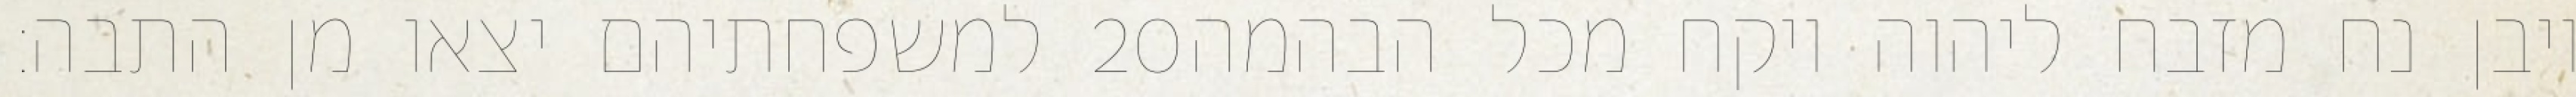
למשפחתיהם יצאו מן התבה׃ ‎20‏ ויבן נח מזבח ליהוה ויקח מכל הבהמה